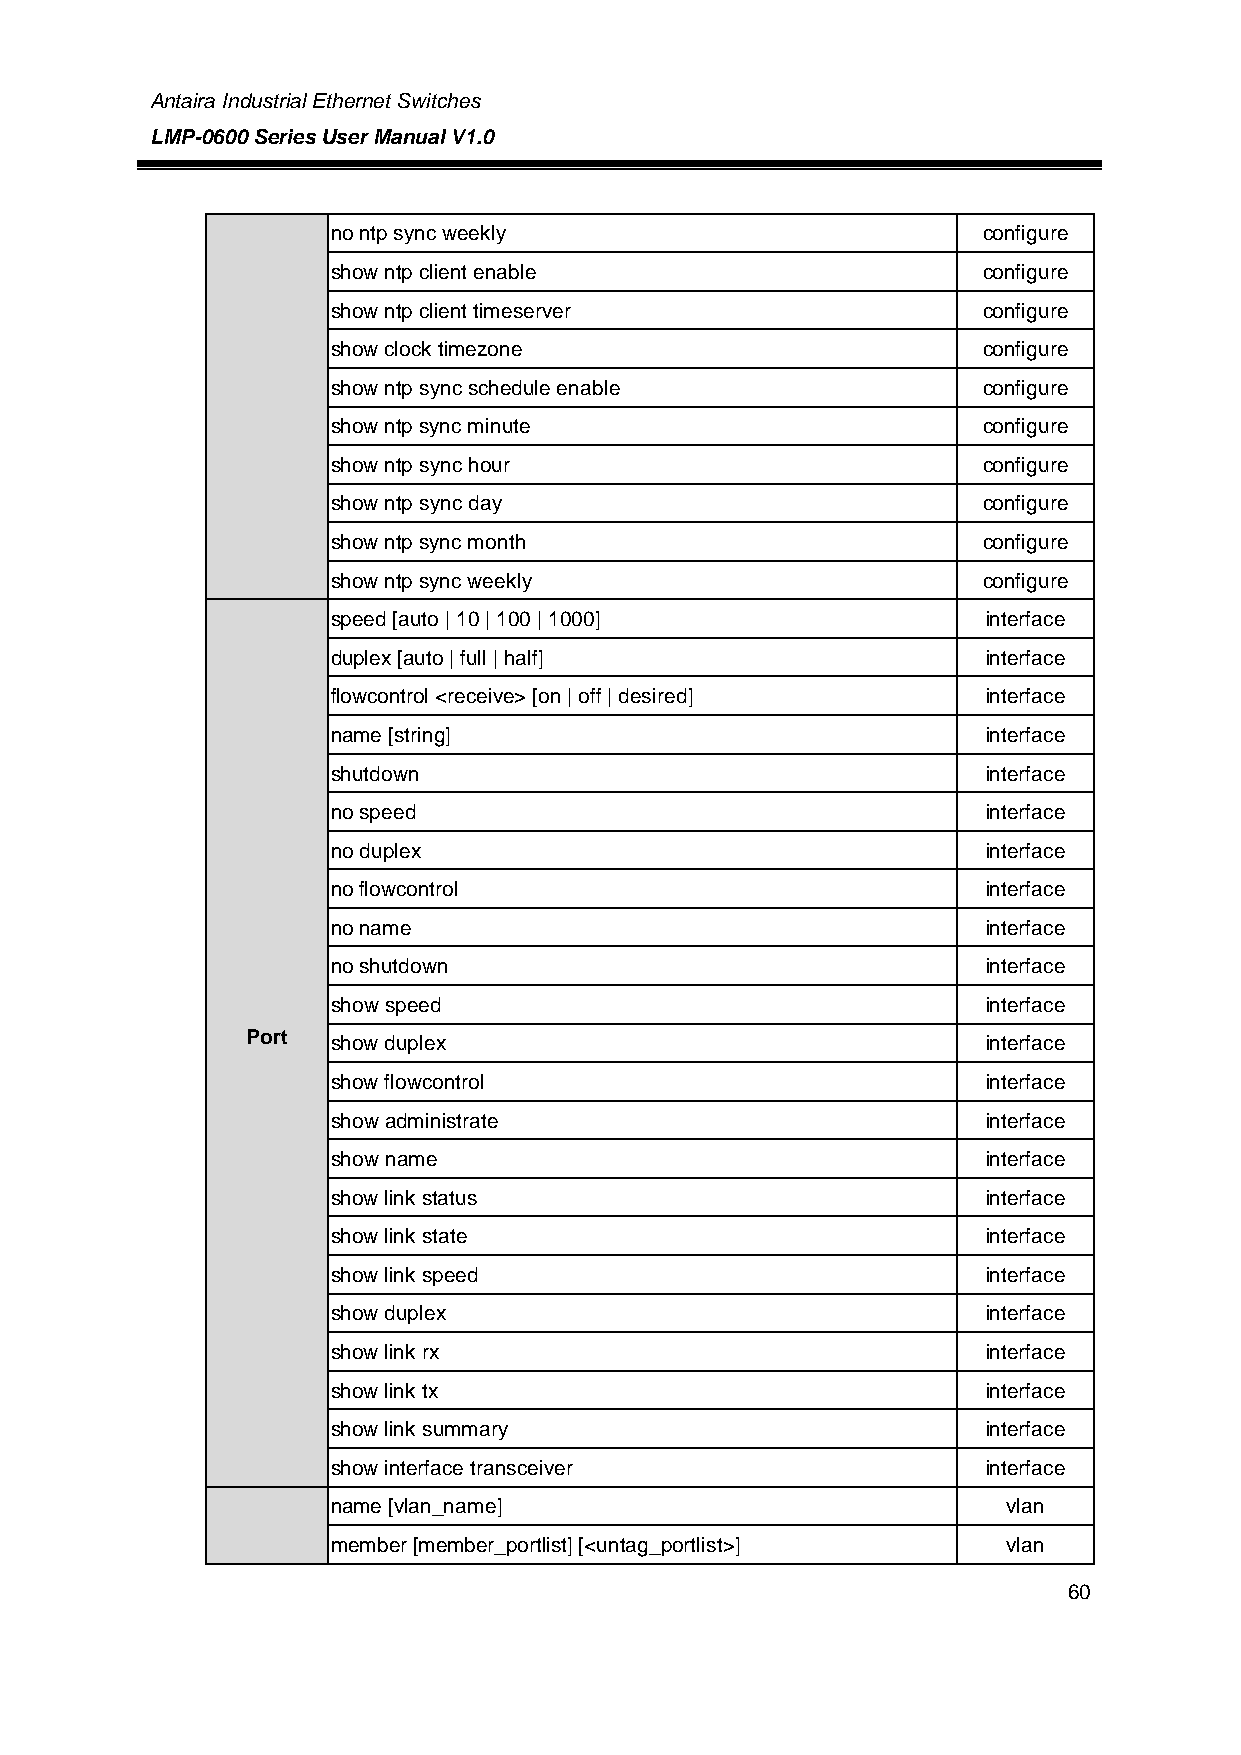
Antaira Industrial Ethernet Switches
 LMP-0600 Series User Manual V1.0
 no ntp sync weekly                         configure
 show ntp client enable                     configure
 show ntp client timeserver                 configure
 show clock timezone                        configure
 show ntp sync schedule enable              configure
 show ntp sync minute                       configure
 show ntp sync hour                         configure
 show ntp sync day                          configure
 show ntp sync month                        configure
 show ntp sync weekly                       configure
 speed [auto | 10 | 100 | 1000]             interface
 duplex [auto | full | half]                interface
 flowcontrol <receive> [on | off | desired] interface
 name [string]                              interface
 shutdown                                   interface
 no speed                                   interface
 no duplex                                  interface
 no flowcontrol                             interface
 no name                                    interface
 no shutdown                                interface
 show speed                                 interface
 Port
 show duplex                                interface
 show flowcontrol                           interface
 show administrate                          interface
 show name                                  interface
 show link status                           interface
 show link state                            interface
 show link speed                            interface
 show duplex                                interface
 show link rx                               interface
 show link tx                               interface
 show link summary                          interface
 show interface transceiver                 interface
 name [vlan_name]                             vlan
 member [member_portlist] [<untag_portlist>]  vlan
 60